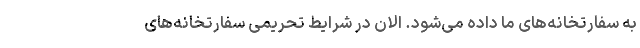
به سفارتخانه‌های ما داده می‌شود. الان در شرایط تحریمی سفارتخانه‌های